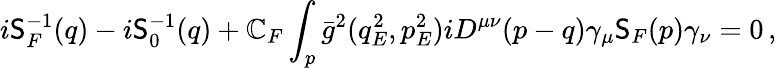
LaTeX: i\mathsf{S}_{F}^{-1}(q)-i\mathsf{S}_{0}^{-1}(q)+\mathbb{C}_{F}\int_{p}\bar{{g}}^{2}(q_{E}^{2},p_{E}^{2})iD^{\mu\nu}(p-q)\gamma_{\mu}\mathsf{S}_{F}(p)\gamma_{\nu}=0\, ,